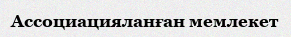
Ассоциацияланған мемлекет